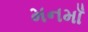
મનમાઁ